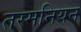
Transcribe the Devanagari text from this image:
तस्मनियन